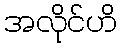
အလိုင်ဟိ